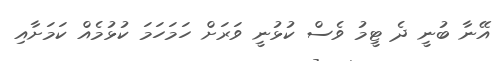
އޭނާ ބުނީ ދެ ޓީމު ވެސް ކުޅުނީ ވަރަށް ހަމަހަމަ ކުޅުމެއް ކަމަށާއި